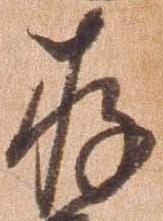
存